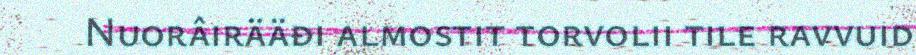
Nuorâirääđi almostit torvolii tile ravvuid